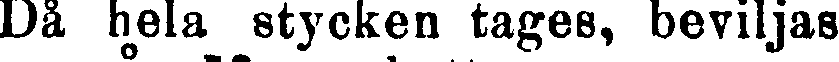
Då hela stycken tages, beviljas